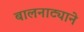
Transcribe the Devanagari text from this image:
बालनाट्याने